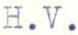
H.V.